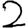
Digit: 2